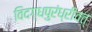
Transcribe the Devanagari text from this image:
विदग्धपुरंध्रीवत्